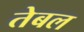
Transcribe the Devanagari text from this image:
तेबल